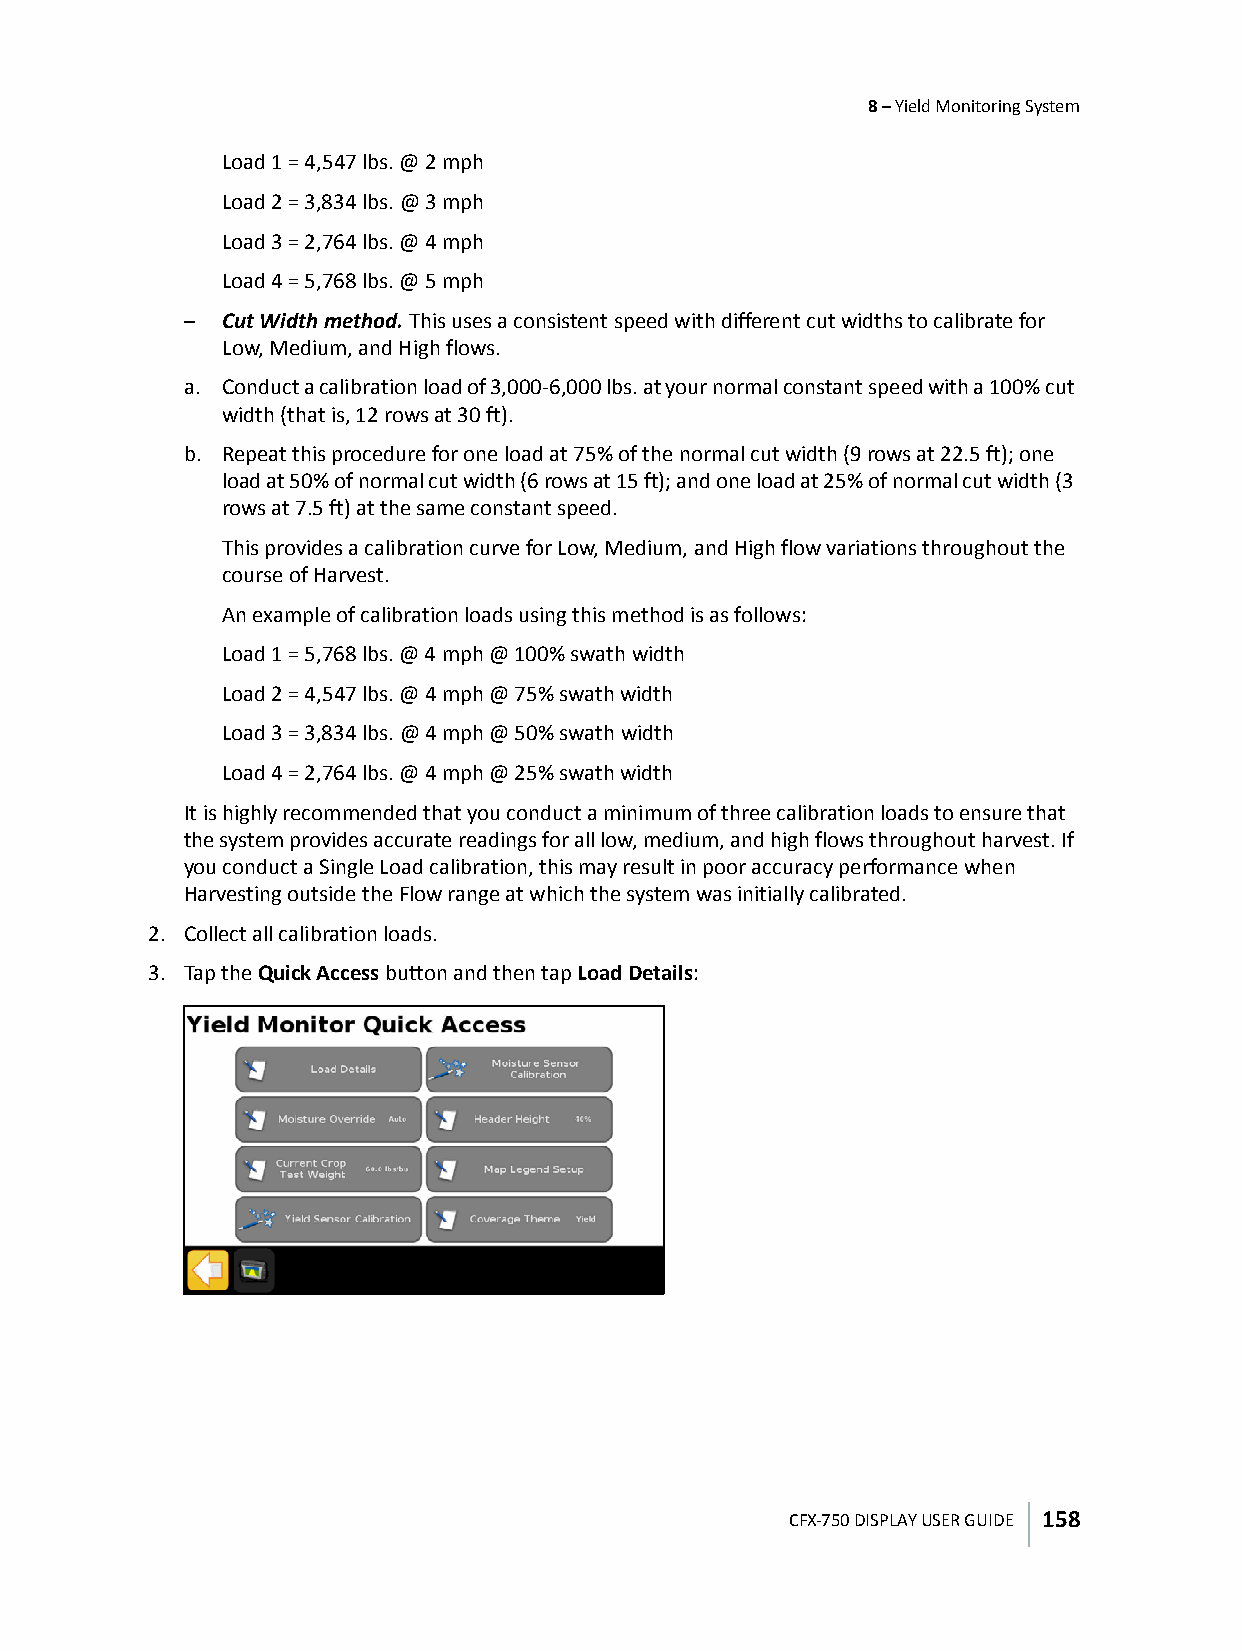
8 – Yield Monitoring System
 Load 1 = 4,547 lbs. @ 2 mph
 Load 2 = 3,834 lbs. @ 3 mph
 Load 3 = 2,764 lbs. @ 4 mph
 Load 4 = 5,768 lbs. @ 5 mph
 –  Cut Width method. This uses a consistent speed with different cut widths to calibrate for
 Low, Medium, and High flows.
 a. Conduct a calibration load of 3,000-6,000 lbs. at your normal constant speed with a 100% cut
 width (that is, 12 rows at 30 ft).
 b. Repeat this procedure for one load at 75% of the normal cut width (9 rows at 22.5 ft); one
 load at 50% of normal cut width (6 rows at 15 ft); and one load at 25% of normal cut width (3
 rows at 7.5 ft) at the same constant speed.
 This provides a calibration curve for Low, Medium, and High flow variations throughout the
 course of Harvest.
 An example of calibration loads using this method is as follows:
 Load 1 = 5,768 lbs. @ 4 mph @ 100% swath width
 Load 2 = 4,547 lbs. @ 4 mph @ 75% swath width
 Load 3 = 3,834 lbs. @ 4 mph @ 50% swath width
 Load 4 = 2,764 lbs. @ 4 mph @ 25% swath width
 It is highly recommended that you conduct a minimum of three calibration loads to ensure that
 the system provides accurate readings for all low, medium, and high flows throughout harvest. If
 you conduct a Single Load calibration, this may result in poor accuracy performance when
 Harvesting outside the Flow range at which the system was initially calibrated.
 2. Collect all calibration loads.
 3. Tap the Quick Access button and then tap Load Details:
 CFX-750 DISPLAY USER GUIDE 158